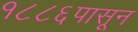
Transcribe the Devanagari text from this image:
१८८६पासून